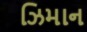
ઝિમાન